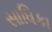
સાધિકા